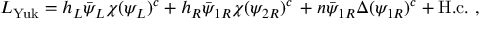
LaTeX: { \cal L } _ { \mathrm { Y u k } } = h _ { L } \bar { \psi } _ { L } \chi ( \psi _ { L } ) ^ { c } + h _ { R } \bar { \psi } _ { 1 R } \chi ( \psi _ { 2 R } ) ^ { c } \nonumber \, + n \bar { \psi } _ { 1 R } \Delta ( \psi _ { 1 R } ) ^ { c } + \mathrm { H . c . } \ ,